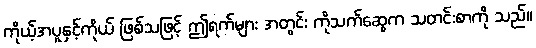
ကိုယ့်အပူနှင့်ကိုယ် ဖြစ်သဖြင့် ဤရက်များ အတွင်း ကိုသက်ဆွေက သတင်းစာကို သည်။